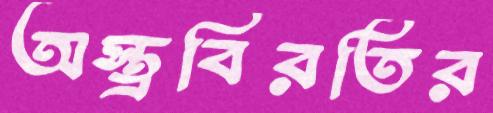
অস্ত্রবিরতির